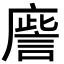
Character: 𢋀